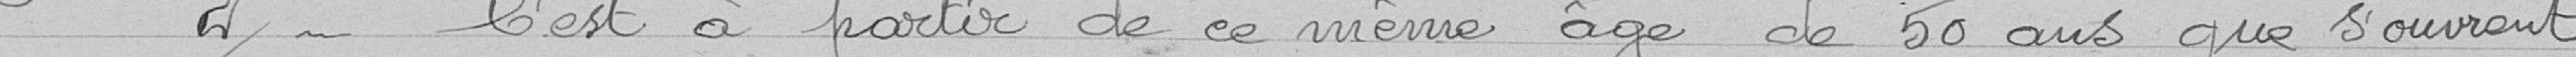
2 C'est à partir de ce même age de 50 ans que souvent